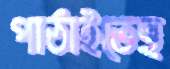
পাঠাইতেছ